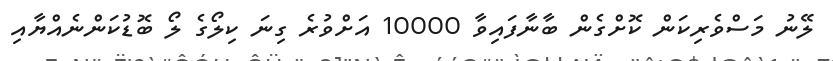
ލޭނު މަސްވެރިކަން ކޮށްގެން ބާނާފައިވާ 10000 އަށްވުރެ ގިނަ ކިލޯގެ ލޯ ބޮޑުކަންނެއްޔާއި